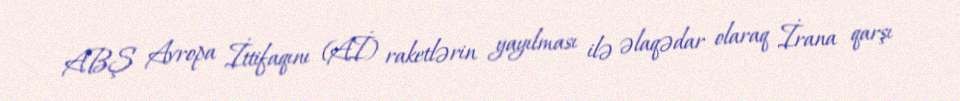
ABŞ Avropa İttifaqını (Aİ) raketlərin yayılması ilə əlaqədar olaraq İrana qarşı